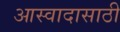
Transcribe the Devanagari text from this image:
आस्वादासाठी